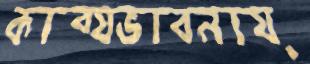
কাব্যভাবনায়